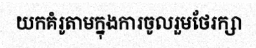
យកគំរូតាមក្នុងការចូលរួមថែរក្សា